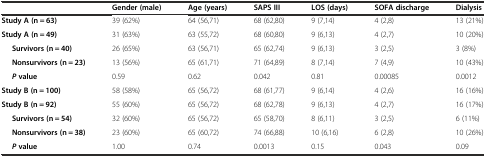
|  | Gender (male) | Age (years) | SAPS III | LOS (days) | SOFA discharge | Dialysis |
 | --- | --- | --- | --- | --- | --- | --- |
 | Study A (n = 63) | 39 (62%) | 64 (56,71) | 68 (62,80) | 9 (7,14) | 4 (2,8) | 13 (21%) |
 | Study A (n = 49) | 31 (63%) | 63 (55,72) | 68 (60,80) | 9 (6,13) | 4 (2,7) | 10 (20%) |
 | Survivors (n = 40) | 26 (65%) | 63 (56,71) | 65 (62,74) | 9 (6,13) | 3 (2,5) | 3 (8%) |
 | Nonsurvivors (n = 23) | 13 (56%) | 65 (61,71) | 71 (64,89) | 8 (7,14) | 7 (4,9) | 10 (43%) |
 | Pvalue | 0.59 | 0.62 | 0.042 | 0.81 | 0.00085 | 0.0012 |
 | Study B (n = 100) | 58 (58%) | 65 (56,72) | 68 (61,77) | 9 (6,14) | 4 (2,6) | 16 (16%) |
 | Study B (n = 92) | 55 (60%) | 65 (56,72) | 68 (62,78) | 9 (6,13) | 4 (2,7) | 16 (17%) |
 | Survivors (n = 54) | 32 (60%) | 65 (56,72) | 65 (58,70) | 8 (6,11) | 3 (2,5) | 6 (11%) |
 | Nonsurvivors (n = 38) | 23 (60%) | 65 (60,72) | 74 (66,88) | 10 (6,16) | 6 (2,8) | 10 (26%) |
 | Pvalue | 1.00 | 0.74 | 0.0013 | 0.15 | 0.043 | 0.09 |